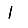
Digit: 1